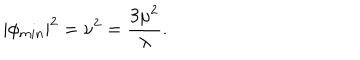
\left| \phi _ { m i n } \right| ^ { 2 } = \nu ^ { 2 } = \frac { 3 \mu ^ { 2 } } { \lambda } .